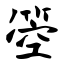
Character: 箜